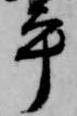
平